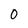
Character: 0